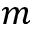
m